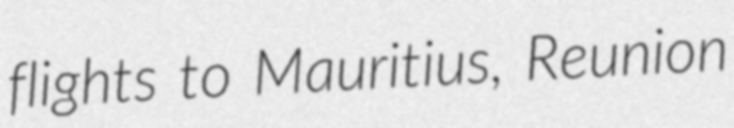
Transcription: flights to Mauritius, Reunion